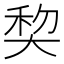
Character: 𰋥